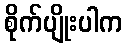
စိုက်ပျိုးပါက